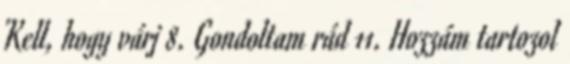
Kell, hogy várj 8. Gondoltam rád 11. Hozzám tartozol